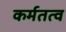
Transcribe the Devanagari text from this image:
कर्मतत्व